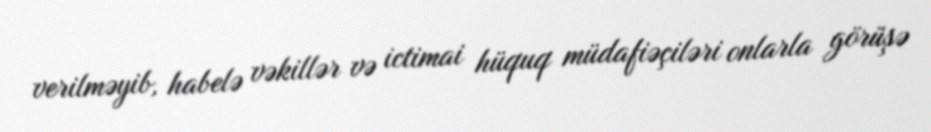
verilməyib, habelə vəkillər və ictimai hüquq müdafiəçiləri onlarla görüşə